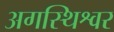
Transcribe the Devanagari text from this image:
अगस्थिश्वर